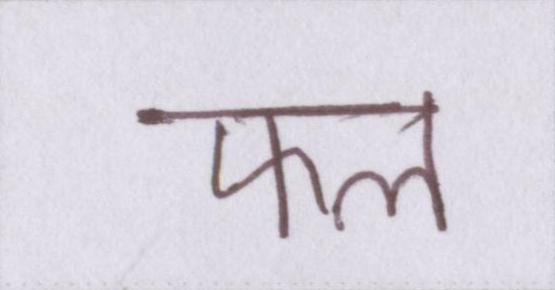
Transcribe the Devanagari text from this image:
फल